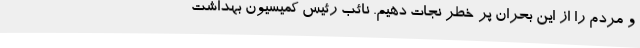
و مردم را از این بحران پر خطر نجات دهیم. نائب رئیس کمیسیون بهداشت